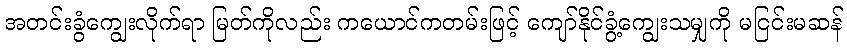
အတင်းခွံကျွေးလိုက်ရာ မြတ်ကိုလည်း ကယောင်ကတမ်းဖြင့် ကျော်နိုင်ခွံ့ကျွေးသမျှကို မငြင်းမဆန်